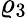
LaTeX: \varrho_{3}